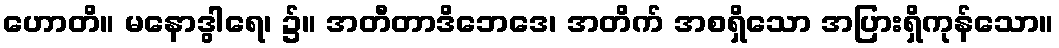
ဟောတိ။ မနောဒွါရေ၊ ၌။ အတီတာဒိဘေဒေ၊ အတိက် အစရှိသော အပြားရှိကုန်သော။